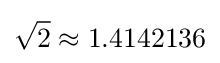
{\sqrt {2}}\approx 1.4142136